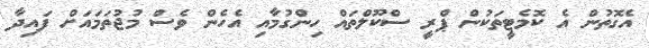
އެގޮތުން އެ ކޮމެޓީތަކުން ޕްރީ ސްކޫލްތައް ހިންގުމާއި އެހެން ވެސް މުޖުތަމައަށް ފައިދާ